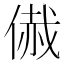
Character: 𠋰